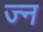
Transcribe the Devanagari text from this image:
ज्न